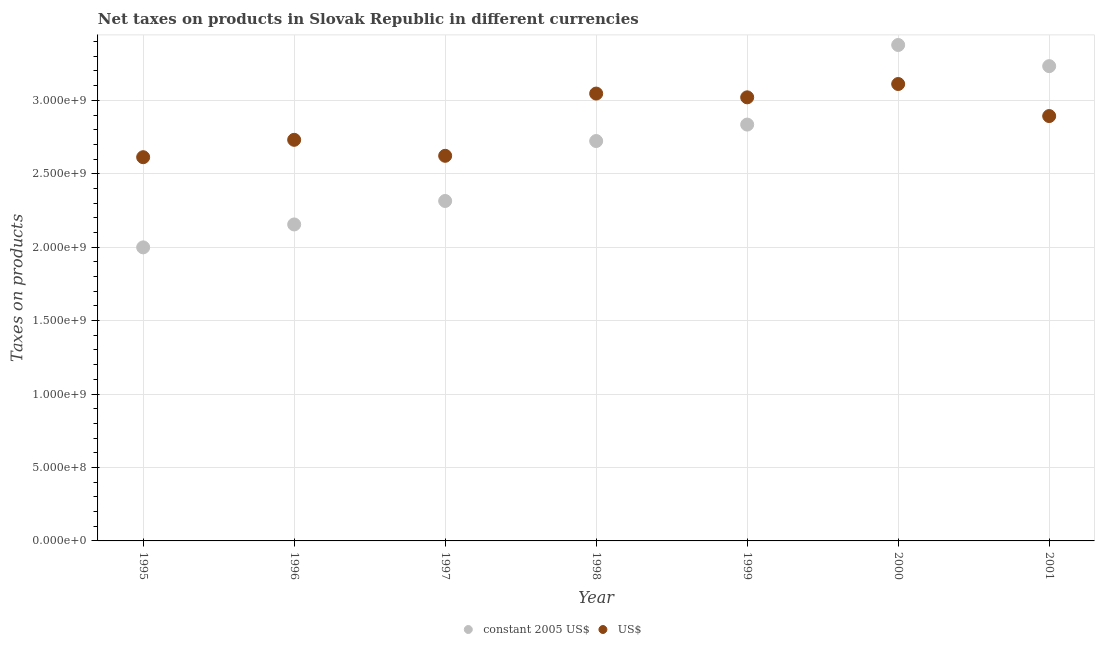
| Year | constant 2005 US$ | US$ |
 | --- | --- | --- |
 | 1995 | 2e+09 | 2.61e+09 |
 | 1996 | 2.15e+09 | 2.73e+09 |
 | 1997 | 2.31e+09 | 2.62e+09 |
 | 1998 | 2.72e+09 | 3.05e+09 |
 | 1999 | 2.83e+09 | 3.02e+09 |
 | 2000 | 3.38e+09 | 3.11e+09 |
 | 2001 | 3.23e+09 | 2.89e+09 |